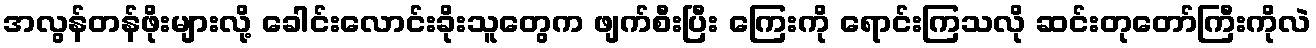
အလွန်တန်ဖိုးများလို့ ခေါင်းလောင်းခိုးသူတွေက ဖျက်စီးပြီး ကြေးကို ရောင်းကြသလို ဆင်းတုတော်ကြီးကိုလဲ